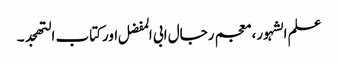
علم الشہور، معجم رجال ابی المفضل اورکتاب التھجد ۔